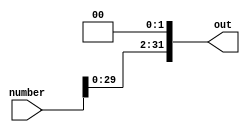
`timescale 1ns / 1ps
//////////////////////////////////////////////////////////////////////////////////
// Company: 
// Engineer: 
// 
// Design Name: 
// Module Name: left_shifter
// Project Name: 
// Target Devices: 
// Tool Versions: 
// Description: 
// 
// Dependencies: 
// 
// Revision:
// Revision 0.01 - File Created
// Additional Comments:
// 
//////////////////////////////////////////////////////////////////////////////////


module left_shifter(number,out);
input [31:0] number;
output [31:0] out;

assign out={number[29:0],2'b00};

endmodule